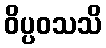
ဝိပ္ပဝသသိ